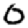
Digit: 0